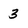
Character: 3